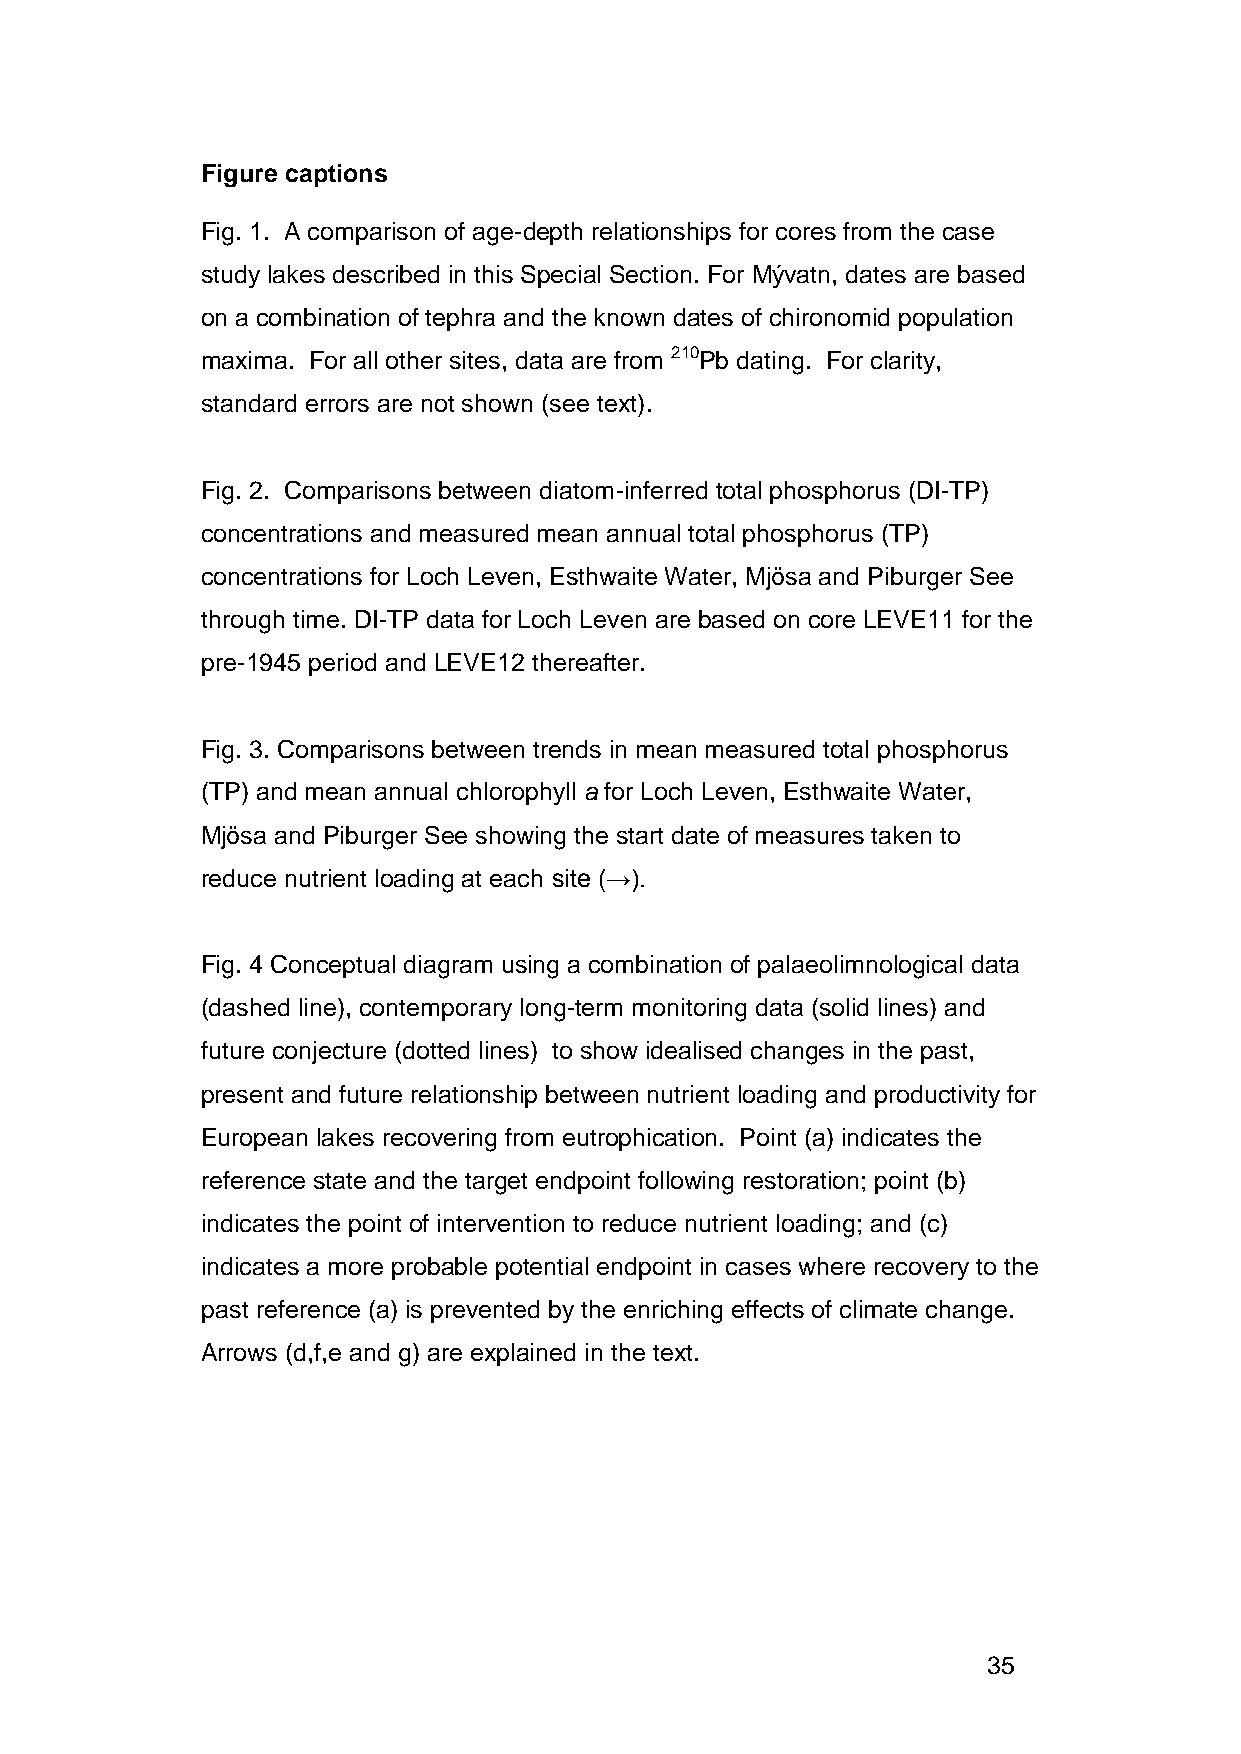
Figure captions
 Fig. 1. A comparison of age-depth relationships for cores from the case
 study lakes described in this Special Section. For Mývatn, dates are based
 on a combination of tephra and the known dates of chironomid population
 maxima. For all other sites, data are from 210Pb dating. For clarity,
 standard errors are not shown (see text).
 Fig. 2. Comparisons between diatom-inferred total phosphorus (DI-TP)
 concentrations and measured mean annual total phosphorus (TP)
 concentrations for Loch Leven, Esthwaite Water, Mjösa and Piburger See
 through time. DI-TP data for Loch Leven are based on core LEVE11 for the
 pre-1945 period and LEVE12 thereafter.
 Fig. 3. Comparisons between trends in mean measured total phosphorus
 (TP) and mean annual chlorophyll a for Loch Leven, Esthwaite Water,
 Mjösa and Piburger See showing the start date of measures taken to
 reduce nutrient loading at each site (→).
 Fig. 4 Conceptual diagram using a combination of palaeolimnological data
 (dashed line), contemporary long-term monitoring data (solid lines) and
 future conjecture (dotted lines) to show idealised changes in the past,
 present and future relationship between nutrient loading and productivity for
 European lakes recovering from eutrophication. Point (a) indicates the
 reference state and the target endpoint following restoration; point (b)
 indicates the point of intervention to reduce nutrient loading; and (c)
 indicates a more probable potential endpoint in cases where recovery to the
 past reference (a) is prevented by the enriching effects of climate change.
 Arrows (d,f,e and g) are explained in the text.
 35